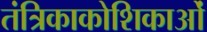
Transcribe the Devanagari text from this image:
तंत्रिकाकोशिकाओं